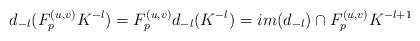
LaTeX: \begin{align*}d_{-l}(F^{(u,v)}_p K^{-l}) = F^{(u,v)}_p d_{-l}(K^{-l}) = im(d_{-l}) \cap F^{(u,v)}_p K^{-l+1}\end{align*}